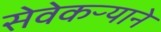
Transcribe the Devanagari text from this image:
सेवेकऱ्याने